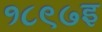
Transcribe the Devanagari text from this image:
१८९७इ